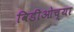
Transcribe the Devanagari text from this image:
विडीओच्या